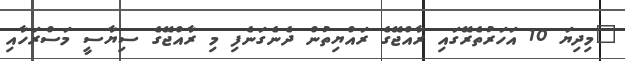
"މިދިޔަ 10 އަހަރުތެރޭގައި ރާއްޖޭގެ ރައްޔިތުން ދެނެގަނެފި މި ރާއްޖޭގެ ސިޔާސީ މަސްރަހާއި